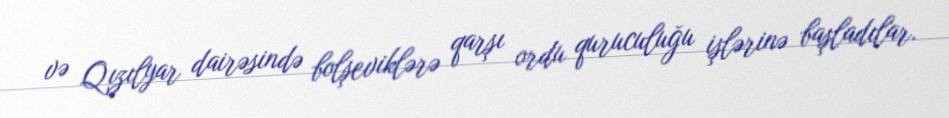
və Qızılyar dairəsində bolşeviklərə qarşı ordu quruculuğu işlərinə başladılar.